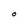
Character: O